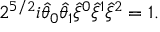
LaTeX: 2 ^ { 5 / 2 } i \widehat { \theta } _ { 0 } \widehat { \theta } _ { 1 } \widehat { \xi } { } ^ { 0 } \widehat { \xi } { } ^ { 1 } \widehat { \xi } { } ^ { 2 } = 1 .